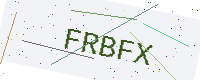
Text: FRBFX